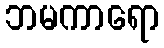
ဘမကာရော